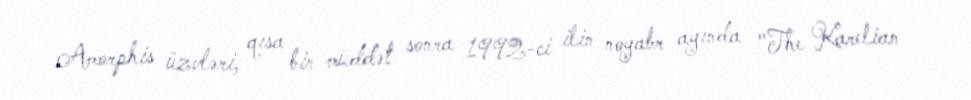
Amorphis üzvləri, qısa bir müddət sonra 1992-ci ilin noyabr ayında "The Karelian